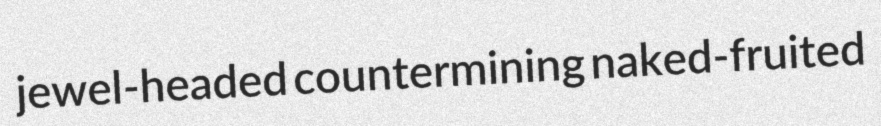
jewel-headed countermining naked-fruited